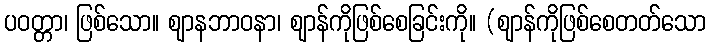
ပဝတ္တာ၊ ဖြစ်သော။ ဈာနဘာဝနာ၊ ဈာန်ကိုဖြစ်စေခြင်းကို။ (ဈာန်ကိုဖြစ်စေတတ်သော